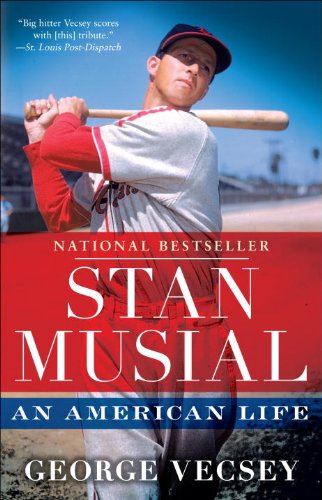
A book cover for Stan Musial: An American Life; George Vecsey; Biographies & Memoirs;